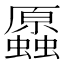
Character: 𧔞